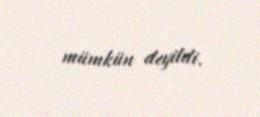
mümkün deyildi.